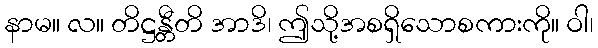
နာမ။ လ။ တိဋ္ဌန္တီတိ အာဒိ၊ ဤသို့အစရှိသောစကားကို။ ဝါ၊